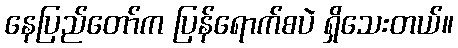
နေပြည်တော်က ပြန်ရောက်စပဲ ရှိသေးတယ်။